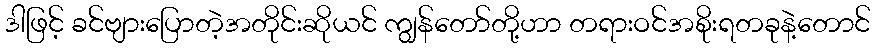
ဒါဖြင့် ခင်ဗျားပြောတဲ့အတိုင်းဆိုယင် ကျွန်တော်တို့ဟာ တရားဝင်အစိုးရတခုနဲ့တောင်